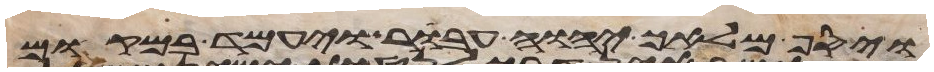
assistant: ויסף מלאך יהוה עבר ויעמד במקום